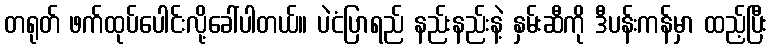
တရုတ် ဖက်ထုပ်ပေါင်းလို့ခေါ်ပါတယ်။ ပဲငံပြာရည် နည်းနည်းနဲ့ နှမ်းဆီကို ဒီပန်းကန်မှာ ထည့်ပြီး